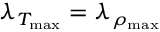
\lambda _ { T _ { \mathrm { m a x } } } = \lambda _ { \rho _ { \mathrm { m a x } } }